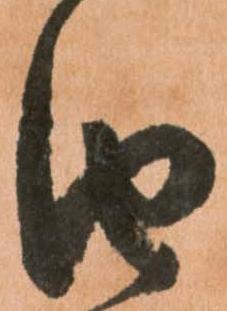
由